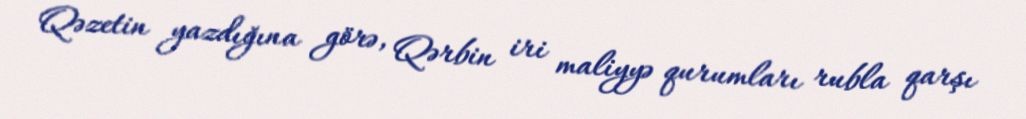
Qəzetin yazdığına görə, Qərbin iri maliyyə qurumları rubla qarşı